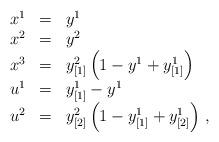
LaTeX: \begin{align*}\begin{array}{ccl}x^{1} & = & y^{1}\\x^{2} & = & y^{2}\\x^{3} & = & y_{[1]}^{2}\left(1-y^{1}+y_{[1]}^{1}\right)\\u^{1} & = & y_{[1]}^{1}-y^{1}\\u^{2} & = & y_{[2]}^{2}\left(1-y_{[1]}^{1}+y_{[2]}^{1}\right)\,,\end{array}\end{align*}